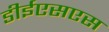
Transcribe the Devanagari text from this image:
डीईएसएस